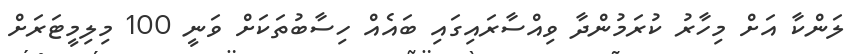
ލަންކާ އަށް މިހާރު ކުރަމުންދާ ވިއްސާރައިގައި ބައެއް ހިސާބުތަކަށް ވަނީ 100 މިލިމީޓަރަށް